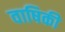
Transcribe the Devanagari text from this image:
वाषिकी